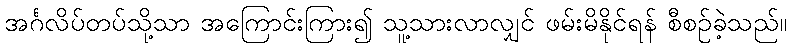
အင်္ဂလိပ်တပ်သို့သာ အကြောင်းကြား၍ သူ့သားလာလျှင် ဖမ်းမိနိုင်ရန် စီစဉ်ခဲ့သည်။